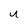
Character: U